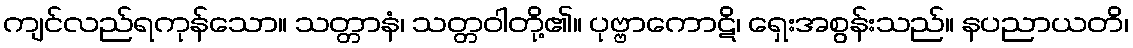
ကျင်လည်ရကုန်သော။ သတ္တာနံ၊ သတ္တဝါတို့၏။ ပုဗ္ဗာကောဋိ၊ ရှေးအစွန်းသည်။ နပညာယတိ၊